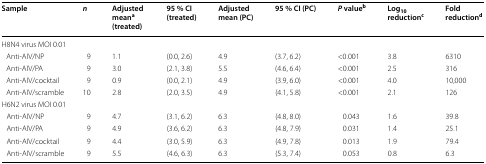
<table><thead><tr><td><b>Sample</b></td><td><b><i>n</i></b></td><td><b>Adjusted mean<sup>a</sup> (treated)</b></td><td><b>95 % CI (treated)</b></td><td><b>Adjusted mean (PC)</b></td><td><b>95 % CI (PC)</b></td><td><b><i>P</i> value<sup>b</sup></b></td><td><b>Log<sub>10</sub> reduction<sup>c</sup></b></td><td><b>Fold reduction<sup>d</sup></b></td></tr></thead><tbody><tr><td colspan="9">H8N4 virus MOI 0.01</td></tr><tr><td> Anti-AIV/NP</td><td>9</td><td>1.1</td><td>(0.0, 2.6)</td><td>4.9</td><td>(3.7, 6.2)</td><td>&lt;0.001</td><td>3.8</td><td>6310</td></tr><tr><td> Anti-AIV/PA</td><td>9</td><td>3.0</td><td>(2.1, 3.8)</td><td>5.5</td><td>(4.6, 6.4)</td><td>&lt;0.001</td><td>2.5</td><td>316</td></tr><tr><td> Anti-AIV/cocktail</td><td>9</td><td>0.9</td><td>(0.0, 2.1)</td><td>4.9</td><td>(3.9, 6.0)</td><td>&lt;0.001</td><td>4.0</td><td>10,000</td></tr><tr><td> Anti-AIV/scramble</td><td>10</td><td>2.8</td><td>(2.0, 3.5)</td><td>4.9</td><td>(4.1, 5.8)</td><td>&lt;0.001</td><td>2.1</td><td>126</td></tr><tr><td colspan="9">H6N2 virus MOI 0.01</td></tr><tr><td> Anti-AIV/NP</td><td>9</td><td>4.7</td><td>(3.1, 6.2)</td><td>6.3</td><td>(4.8, 8.0)</td><td>0.043</td><td>1.6</td><td>39.8</td></tr><tr><td> Anti-AIV/PA</td><td>9</td><td>4.9</td><td>(3.6, 6.2)</td><td>6.3</td><td>(4.8, 7.9)</td><td>0.031</td><td>1.4</td><td>25.1</td></tr><tr><td> Anti-AIV/cocktail</td><td>9</td><td>4.4</td><td>(3.0, 5.9)</td><td>6.3</td><td>(4.9, 7.8)</td><td>0.013</td><td>1.9</td><td>79.4</td></tr><tr><td> Anti-AIV/scramble</td><td>9</td><td>5.5</td><td>(4.6, 6.3)</td><td>6.3</td><td>(5.3, 7.4)</td><td>0.053</td><td>0.8</td><td>6.3</td></tr></tbody></table>